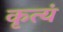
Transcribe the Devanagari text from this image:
कृत्यं